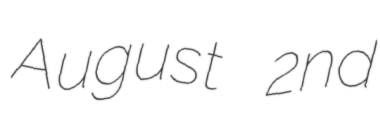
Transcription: August 2nd